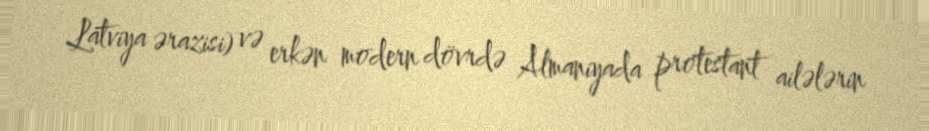
Latviya ərazisi) və erkən modern dövrdə Almaniyada protestant ailələrin